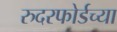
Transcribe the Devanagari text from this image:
रुदरफोर्डच्या